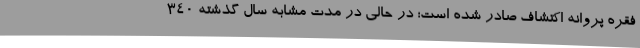
فقره پروانه اکتشاف صادر شده است؛ در حالی در مدت مشابه سال گذشته 340